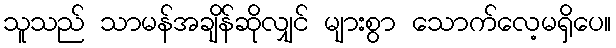
သူသည် သာမန်အချိန်ဆိုလျှင် များစွာ သောက်လေ့မရှိပေ။